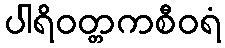
ပါရိဝတ္တကစီဝရံ